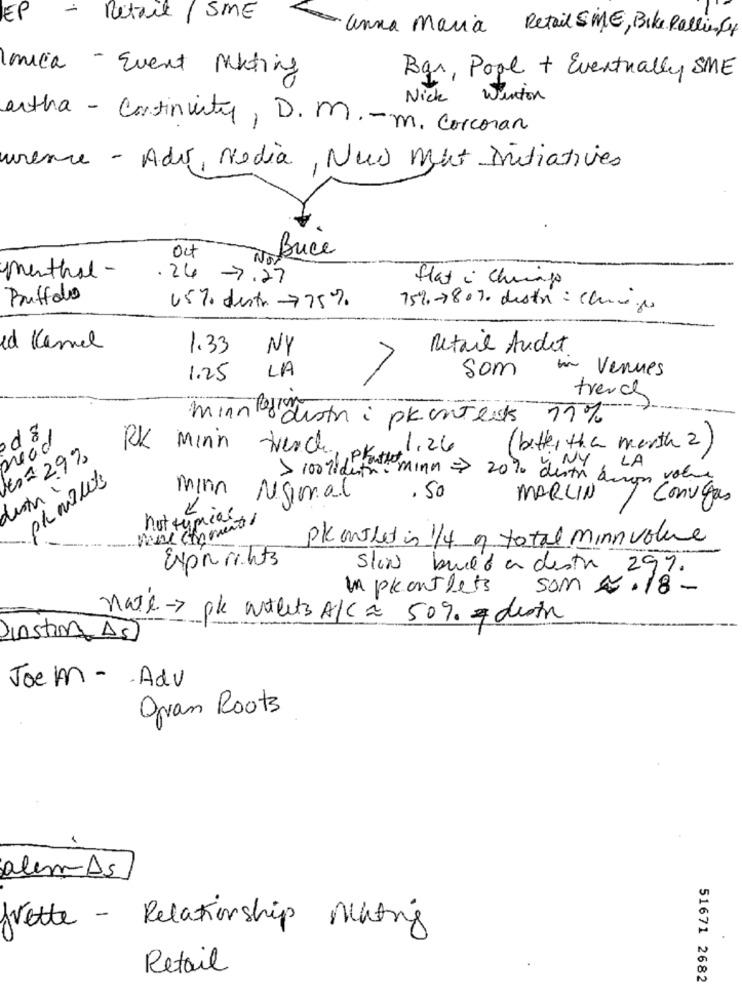
EP
- Retail /SME
anna Maria Retail SME, Bike Pallier 4
laica - Event Miting
Bar, Pool + Eventually SME
Nick Winton
artha - Continuity, D.M .- m. corcoran
wrence - Adv, Media, New But Initiatives
Buce
Oct
Not
menthal-
.24 -7.27
flat . chicago
Buffalo
45% destr 775%.
75%-780% destr = changes
ed Kemel
1.33
Retail Audet
NY
in
Venues
1.25
LA
som
trench
minn Region
distr i pkantes 11%
od 8,
read
RK Minin
trench
.1.26
bitte, the month 2
€ = 29%
NY, LA
> 100 li dufr . mina = 20% destr duran volu
destr .
mina
. 50
N.g.m.al
MARCIN
Convgas
not typical
planslet in 1/4 9 total minnvolue
Expnichts
Slon build a destra 29%.
In plantlets son .18-
nate-> pk artects A/C = 509. & death
Instin AS)
Joem - Adv
gran Roots
alemDs
frette - Relationship Matry
Retail
51671 2682